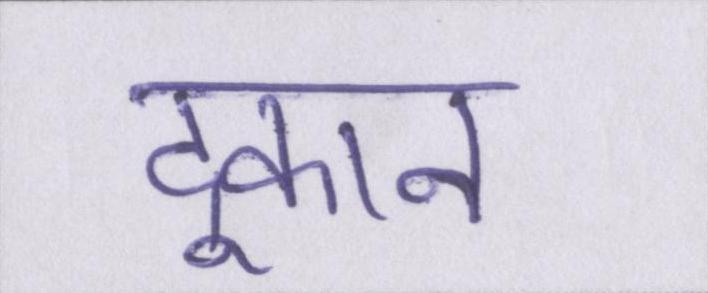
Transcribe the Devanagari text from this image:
दूकान